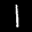
Label: 1